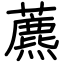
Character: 藨